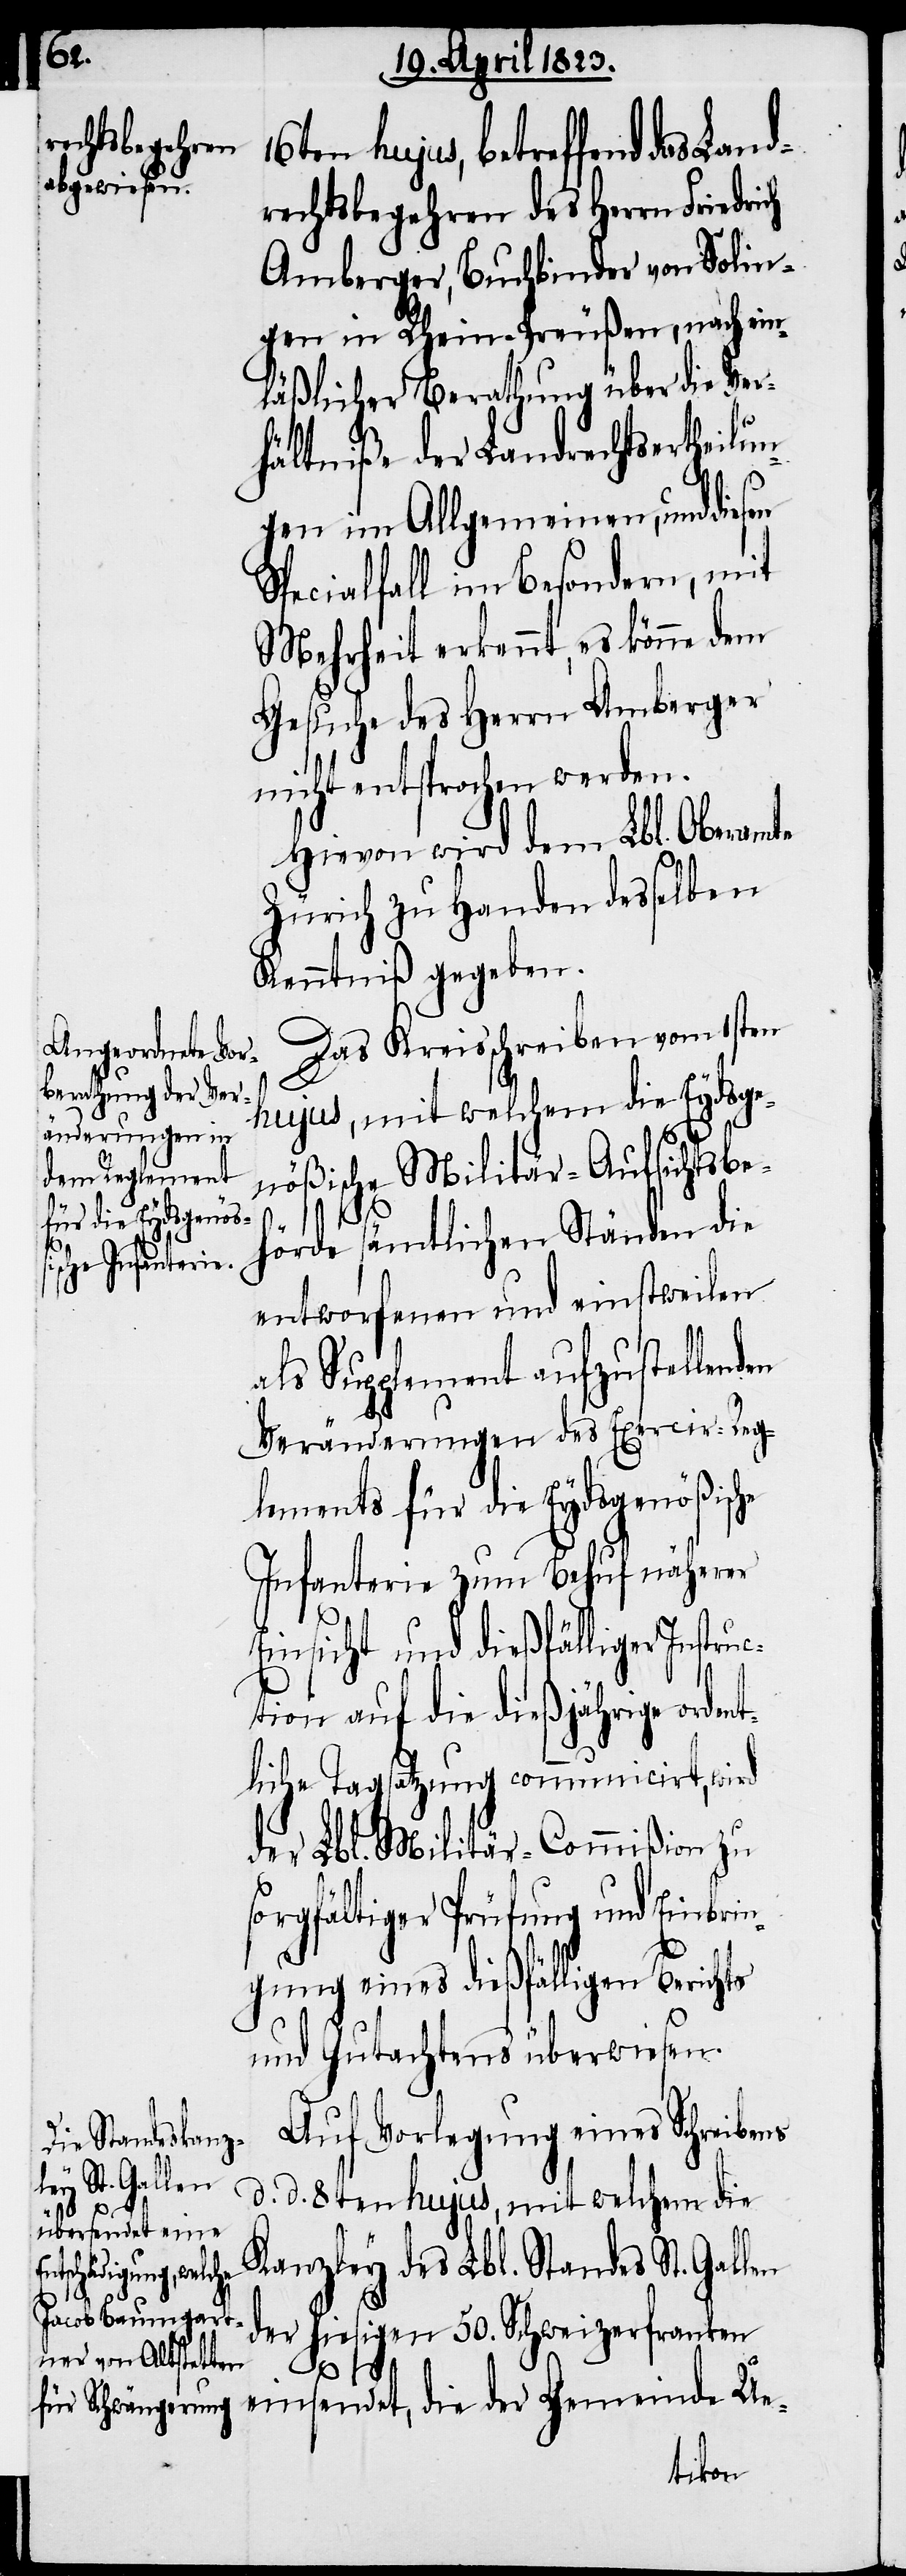
einsendet, die der Gemeinde
drechtsbegehren des Herrn Fried¬
Amberger, Buchbinder von Solin¬
gen in Rhein-Preußen, nach ein¬
läßlicher Berathung über die Ver¬
hältniße der Landrechtsertheilun¬
c¬
gen im Allgemeinen, und die¬
Specialfall im Besondern, mit
Mehrheit erkennt, es könne dem
Gesuche des Herrn Amberger
nicht entsprochen werden.
Hievon wird dem Lbl. Oberamte
Zürich zu Handen desselben
Kenntniß gegeben.
Das Kreisschreiben vom 1sten
hujus, mit welchem die Eydsge¬
rich
nößische Militär-Aufsichtsbe¬
hörde sämtlichen Ständen die
entworfenen und einstweilen
als Supplement aufzustellend¬
Veränderungen des Exercir-Reg¬
lements für die Eydsgenößische
Infanterie zum Behuf näherer
Einsicht und dießfälliger Instru¬
tion auf die dießjährige orden¬
tliche Tagsatzung communicirt, wird
der Lbl. Militär-Commißion zu
sorgfältiger Prüfung und Einbri¬
ngung eines dießfälligen Berichts
und Gutachtens überwiesen.
Auf Vorlegung eines Schreibens
d. d. 8ten hujus, mit welchem die
Kanzley des Lbl. Standes St. Gallen
der hiesigen 50. Schweizerfranken